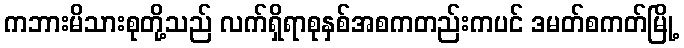
ကဘားမိသားစုတို့သည် လက်ရှိရာစုနှစ်အစကတည်းကပင် ဒမတ်စကတ်မြို့